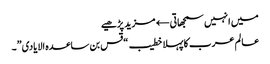
میں انہیں سمجھاتی← مزید پڑھیے
عالم عرب کا پہلا خطیب “قس بن ساعدہ الایادی”۔